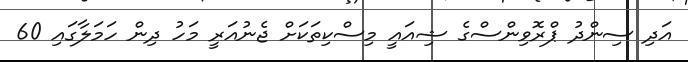
އަދި ސިންދު ޕްރޮވިންސްގެ ޝިއައީ މިސްކިތަކަށް ޖެނުއަރީ މަހު ދިން ހަަމަލާގައި 60